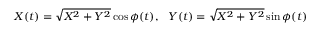
X ( t ) = \sqrt { X ^ { 2 } + Y ^ { 2 } } \cos \phi ( t ) , \ \ Y ( t ) = \sqrt { X ^ { 2 } + Y ^ { 2 } } \sin \phi ( t )